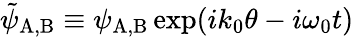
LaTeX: \tilde{\psi}_{\mathrm{A,B}}\equiv\psi_{\mathrm{A,B}}\exp(ik_{0}\theta-i\omega_{0}t)